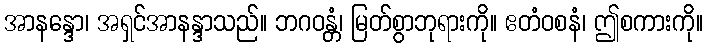
အာနန္ဒော၊ အရှင်အာနန္ဒာသည်။ ဘဂဝန္တံ၊ မြတ်စွာဘုရားကို။ ဧတံဝစနံ၊ ဤစကားကို။